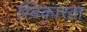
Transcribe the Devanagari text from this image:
स्विकारता